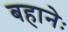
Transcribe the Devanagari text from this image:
बहानेः